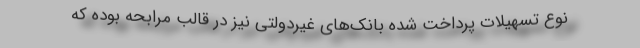
نوع تسهیلات پرداخت شده بانک‌های غیردولتی نیز در قالب مرابحه بوده که